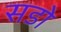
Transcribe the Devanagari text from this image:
सडो